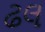
ઢલ